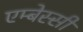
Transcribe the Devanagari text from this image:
एम्बेस्सी